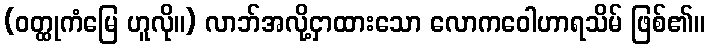
(ဝတ္ထုကံမြေ ဟူလို။) လာဘ်အလို့ငှာထားသော လောကဝေါဟာရသိမ် ဖြစ်၏။